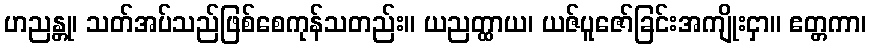
ဟညန္တု၊ သတ်အပ်သည်ဖြစ်စေကုန်သတည်း။ ယညတ္ထာယ၊ ယဇ်ပူဇော်ခြင်းအကျိုးငှာ။ ဧတ္တကာ၊